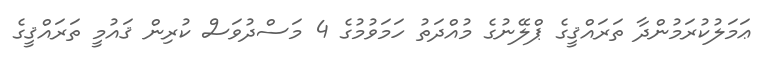
ޢަމަލުކުރަމުންދާ ތަރައްޤީގެ ޕްލޭނުގެ މުއްދަތު ހަމަވުމުގެ 4 މަސްދުވަސް ކުރިން ޤައުމީ ތަރައްޤީގެ